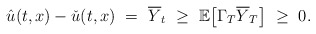
\begin{align*}\hat u(t,x) - \check u(t,x) \ = \ \overline{Y}_t \ \geq \ \mathbb{E}\big[\Gamma_T\overline{Y}_T\big] \ \geq \ 0.\end{align*}